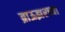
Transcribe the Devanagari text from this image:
ब्राऊझरच्या